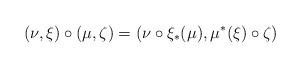
LaTeX: \begin{align*}(\nu,\xi)\circ(\mu,\zeta)=(\nu\circ\xi_*(\mu),\mu^*(\xi)\circ\zeta)\end{align*}